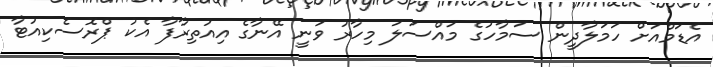
އެޑަމްއަށް ހަމަލާދީން ސަމާހުގެ މައްސަލަ މިހާރު ވަނީ އޭނާގެ އިއުތިރާފާ އެކު ޕްރޮސެކިއުޓާ